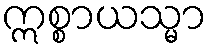
ဣစ္စာယသ္မာ